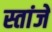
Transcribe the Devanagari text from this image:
स्तांजे